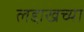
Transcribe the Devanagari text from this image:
लद्दाखच्या